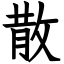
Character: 散